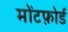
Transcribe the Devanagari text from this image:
मोंटफ़ोर्ड